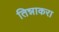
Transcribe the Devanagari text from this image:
तिन्नाकरा